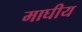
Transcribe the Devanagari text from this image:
माघीय